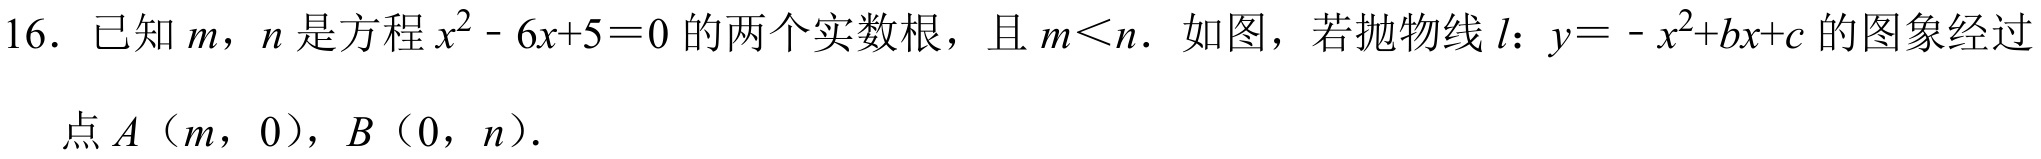
16. 已知\(m\)，\(n\)是方程\(x^{2}-6x + 5 = 0\)的两个实数根，且\(m\lt n\). 如图，若抛物线\(l\)：\(y=-x^{2}+bx + c\)的图象经过
点\(A\)（\(m\)，\(0\)），\(B\)（\(0\)，\(n\)）.